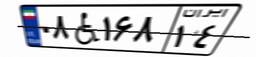
۰۸W۱۶۸۱۴